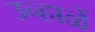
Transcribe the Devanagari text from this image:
उन्हाळें